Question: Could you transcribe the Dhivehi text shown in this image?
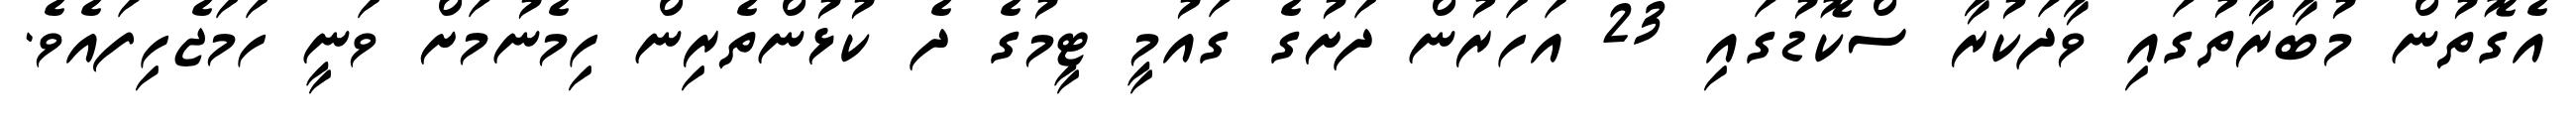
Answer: އެގޮތުން މުބާރާތުގައި ވާދަކުރާ ސްކޮޑުގައި 23 އަހަރުން ދަށުގެ ގައުމީ ޓީމުގެ ދެ ކުޅުންތެރިން ހިމެނުމަށް ވަނީ ހަމަޖެހިފައެވެ.